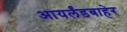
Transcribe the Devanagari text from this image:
आयर्लंडबाहेर